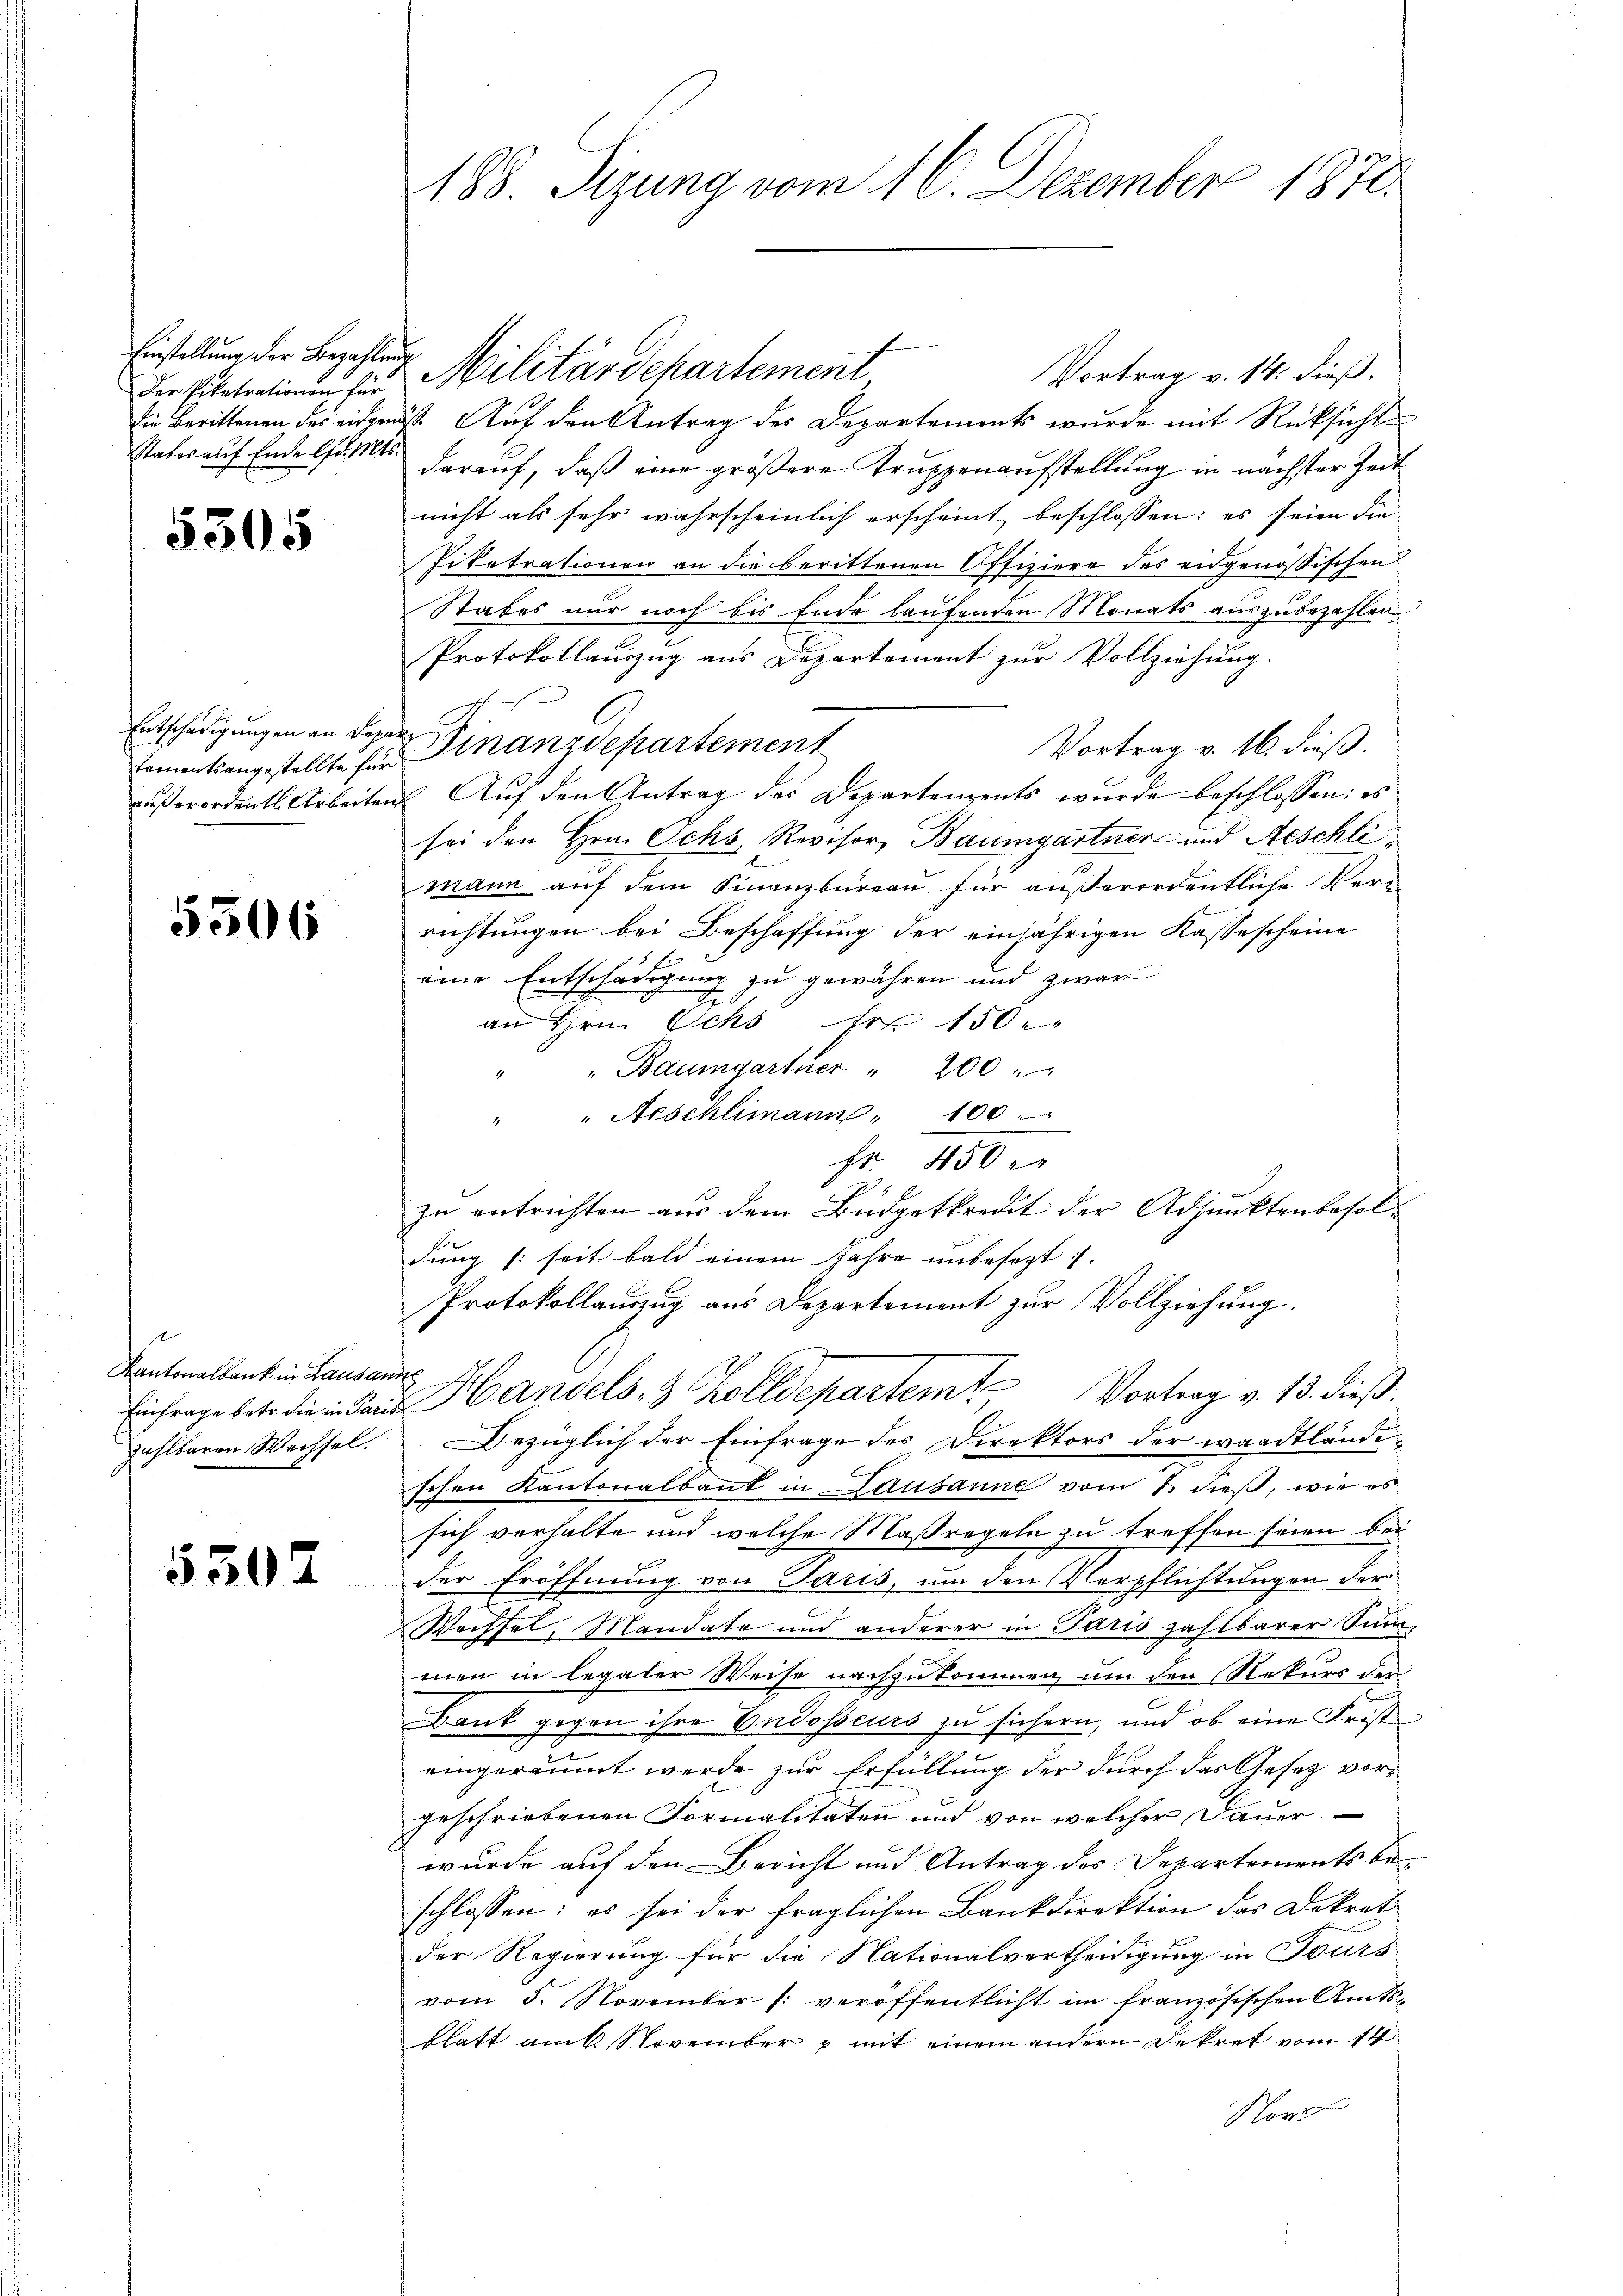
Einstellung der Bezahlung
Der Piketrationen für
states auf Ende lfd. Mts.

5305

tamentsangestellte für

5506

r
Kantonalbank in Lausanne
zahlbaren Wechsel.

5307

Militärdepartement
Vortrag v. 14. dieß.
die Berittenen des eidgenöß. Auf den Antrag des Departements wurde mit Rücksicht
darauf, daß eine größere Truppenaufstellung in nächster Zeit
nicht als sehr wahrscheinlich erscheint beschlossen: es seien die
Piketrationen an die berittenen Offiziere des eidgenössischen
Stabes nur noch bis Ende laufenden Monats auszubezahlen.
Protokollauszug aus Departement zur Vollziehung.
Entschädigungen in der Finanzdepartement
Vortrag v. 16. dieß.
außerordentl. Arbeiten Auf den Antrag des Departements wurde beschlossen: es
sei den Hrn. Ochs, Revisor, Baumgartner und Aeschli
mann auf dem Finanzbüreau für außerordentliche Veri
richtungen bei Beschaffung der einjährigen Kassescheine
eine Entschädigung zu gewähren und zwar
d
an Hrn. Ichs Fr. 150.
" " Baumgartner " 200
" " Aeschlimann " 100
fr. 450
zu entrichten aus dem Büdgetkredit der Adjunktenbesoldung (seit bald einem Jahre unbesezt
Protokollanzug aus Departement zur Vollziehung.
Einfrage betr. die in das Handels 8 Zolldepartem Vortrag v. 13. dieß:
Bezüglich der Einfrage des Direktors der waadtländischen Kantonalbaut in Lausanne vom 1. dieß, wie es
sich verhalte und welche Maßregeln zu treffen seien bei
der Eröffnung von Paris, um den Verpflichtungen der
Wechsel, Mandate und anderer in Paris zahlbarer Sum-
men in legater Weise nachzukommen, um den Rekurs der
Bank gegen ihre Endosseurs zu sichern, und ob eine Frist
eingeräumt werde zur Erfüllung der durch das Gesetz vorgeschriebenen Formalitäten und von welcher Dauer
wurde auf den Bericht und Antrag des Departements beschlossen; es sei der fraglichen Bankdirektion das Dekret
der Regierung für die Nationalvertheidigung in Tours
vom 5. November (veröffentlicht im französischen Amtsblatt am k November – mit einem andern Dekret vom 14
Nor

188. Sizung vom 16. Dezember 1870